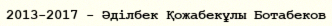
2013-2017 - Әділбек Қожабекұлы Ботабеков